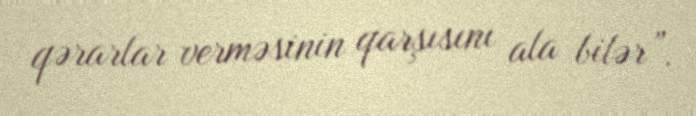
qərarlar verməsinin qarşısını ala bilər”.